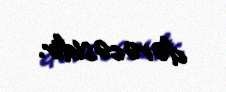
dərəcəsidir.